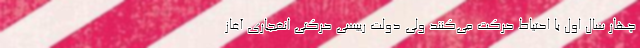
چهار سال اول با احتیاط حرکت می‌کنند ولی دولت رییسی حرکتی انفجاری آغاز